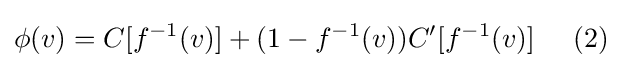
\phi (v)=C[f^{-1}(v)]+(1-f^{-1}(v))C'[f^{-1}(v)]\;\;\;\;\;(2)